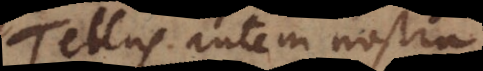
Tellus autem nostra